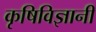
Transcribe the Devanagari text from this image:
कृषिविज्ञानी